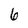
Character: 6